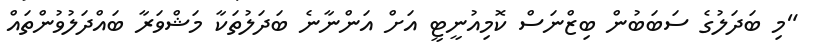
"މި ބަދަލުގެ ސަބަބުން ބިޒްނަސް ކޮމިއުނީޓީ އަށް އަންނާނެ ބަދަލުތަކާ މަޝްވަރާ ބައްދަލުވުންތައް